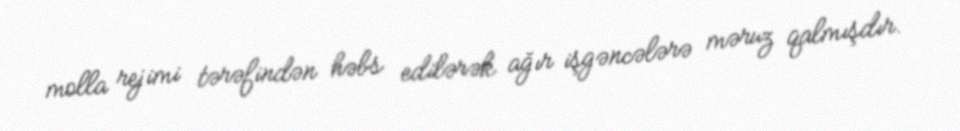
molla rejimi tərəfindən həbs edilərək ağır işgəncələrə məruz qalmışdır.